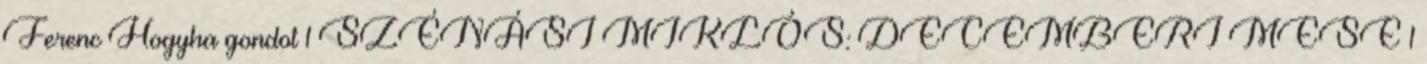
Ferenc Hogyha gondot 1 SZÉNÁSI MIKLÓS: DECEMBERI MESE 1